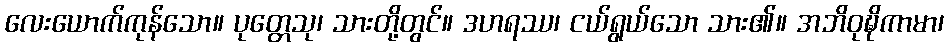
လေးယောက်ကုန်သော။ ပုတ္တေသု၊ သားတို့တွင်။ ဒဟရဿ၊ ငယ်ရွယ်သော သား၏။ အဘိဝုဍ္ဎိကာမာ၊